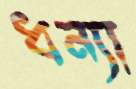
ধন্যা